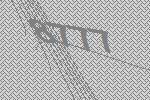
8777